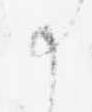
御